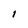
Character: 1